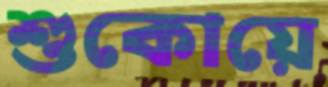
শুকোয়ে